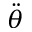
\ddot { \theta }